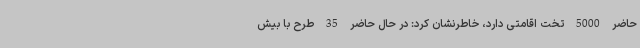
حاضر 5000 تخت اقامتی دارد، خاطرنشان کرد: در حال حاضر 35 طرح با بیش